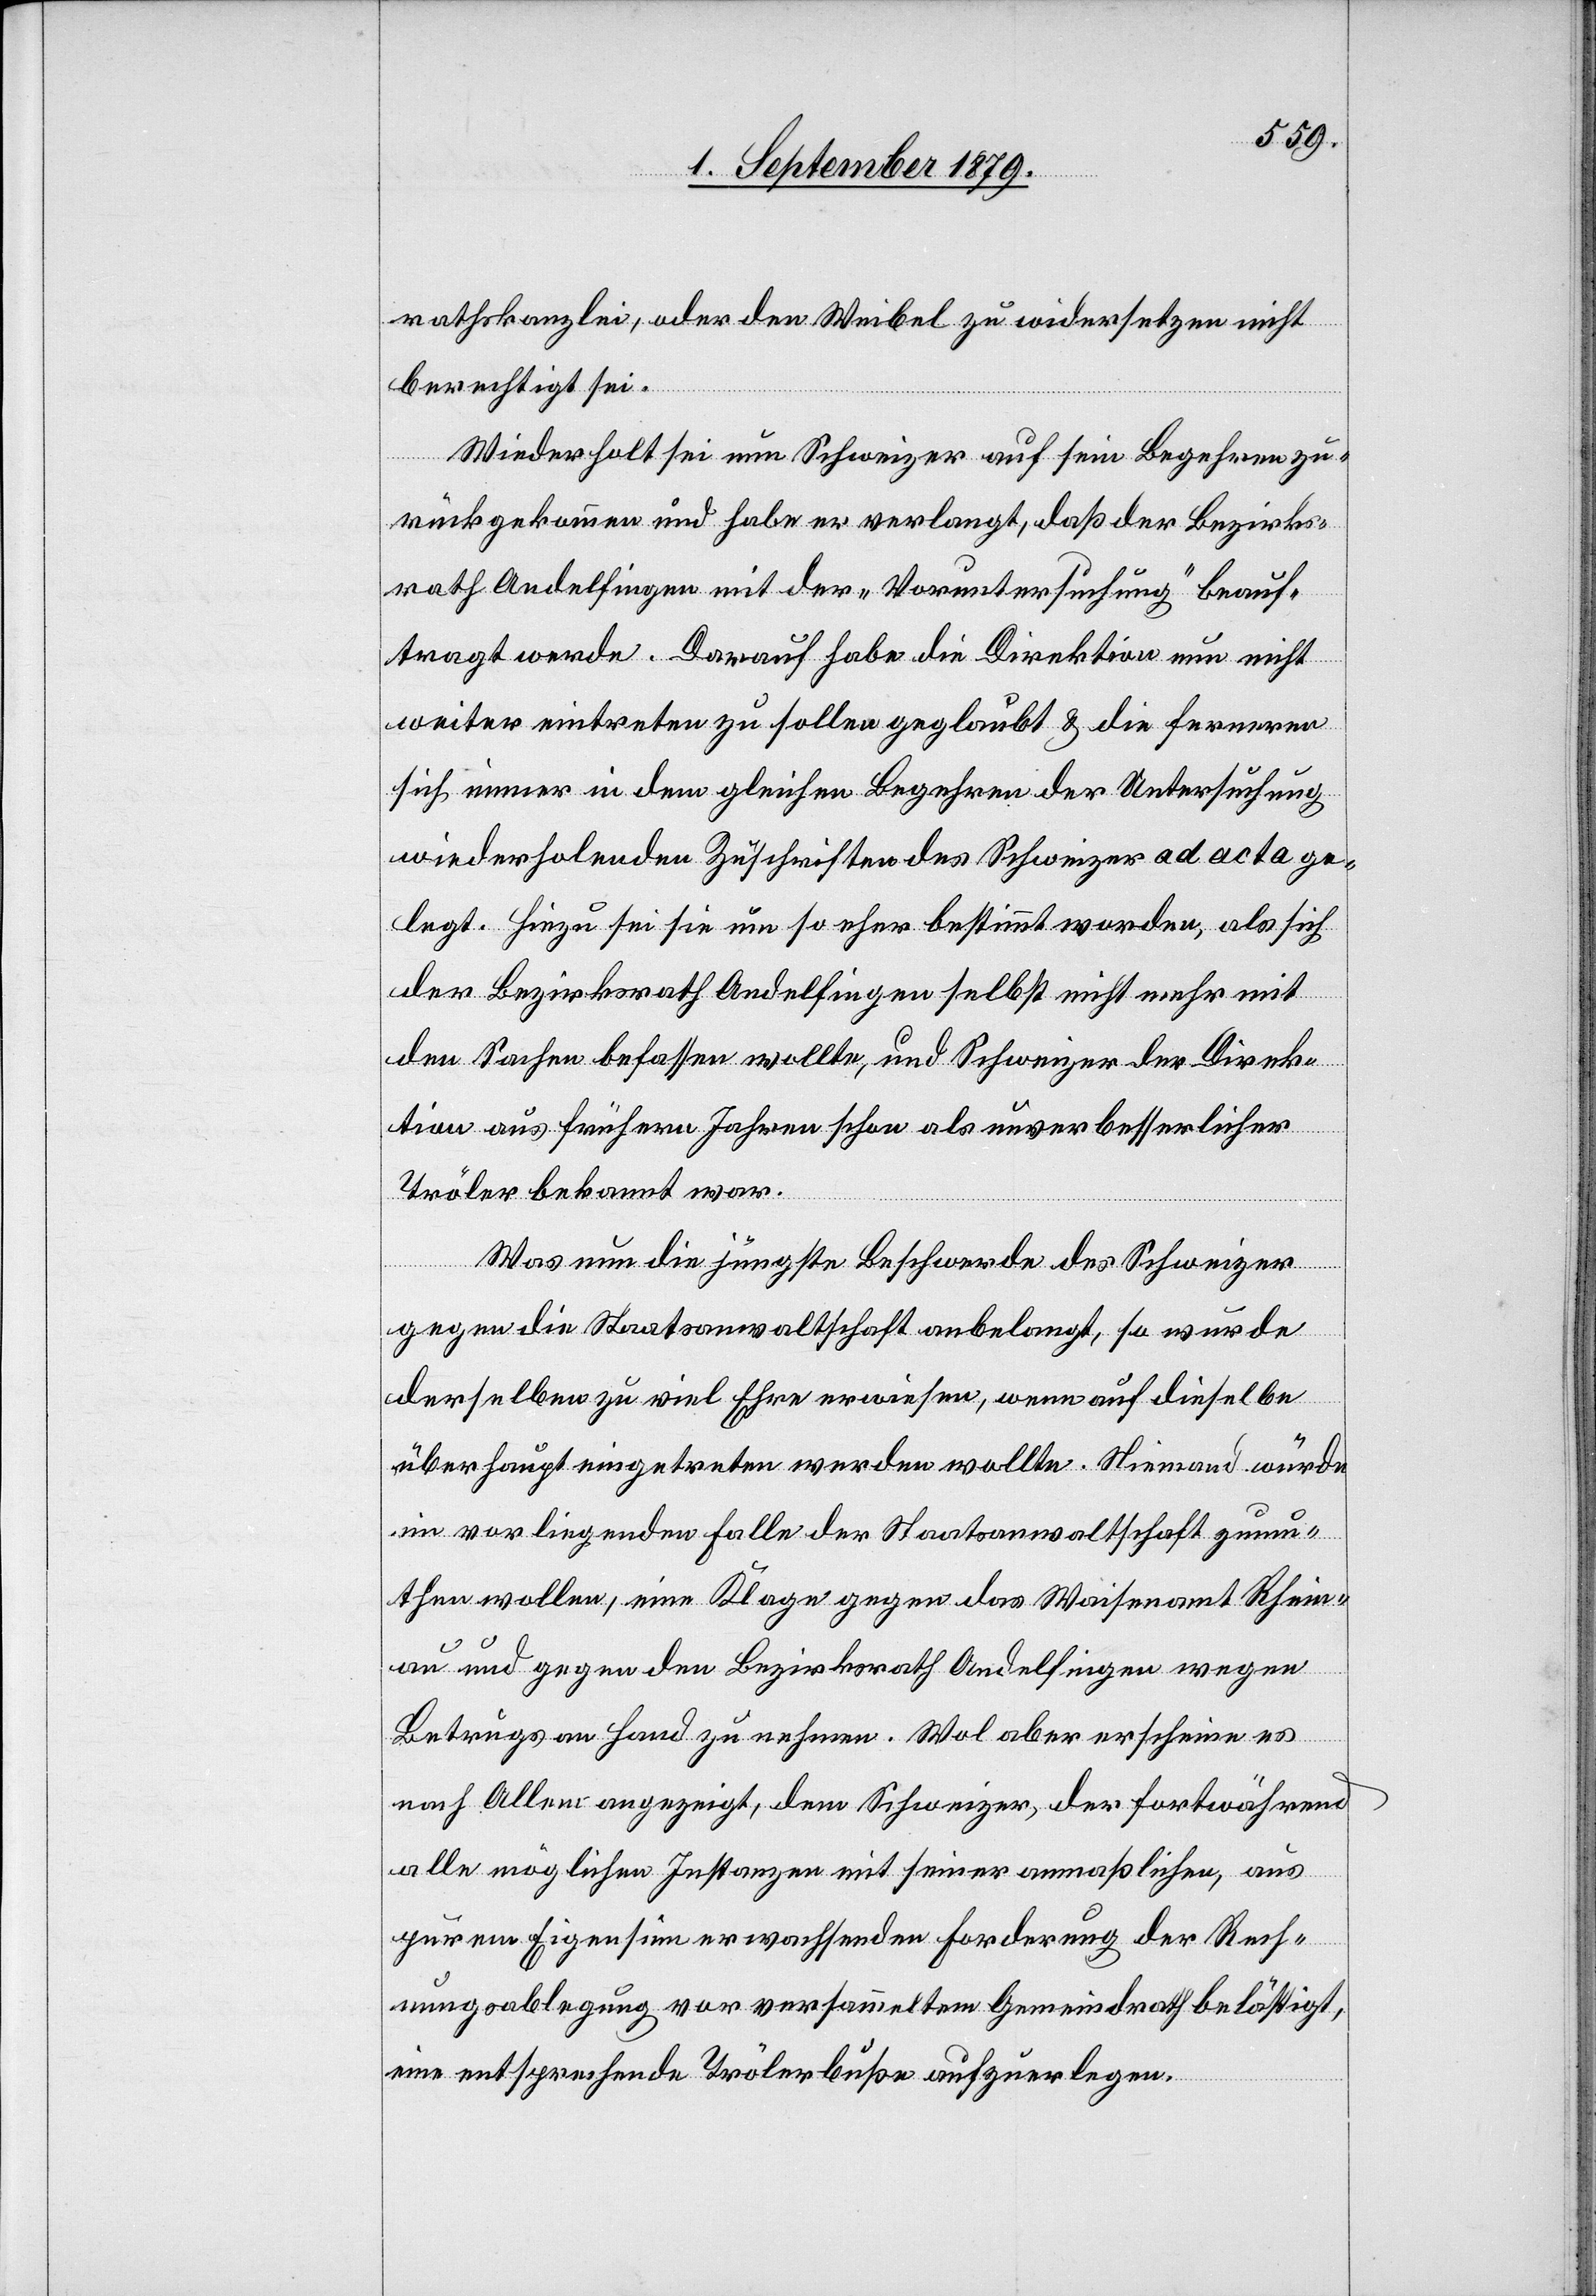
rathskanzlei, oder den Weibel zu widersetzen nicht
berechtigt sei.
Wiederholt sei nun Schweizer auf sein Begehren zu¬
rückgekommen und habe er verlangt, daß der Bezirks¬
rath Andelfingen mit der „Voruntersuchung“ beauf¬
tragt werde. Darauf habe die Direktion nun nicht
weiter eintreten zu sollen geglaubt & die ferneren
sich einer in dem gleichen Begehren der Untersuchung
wiederholenden Zuschriften des Schweizer ad acta ge¬
legt. Hiezu sei sie um so eher bestimmt worden, als sich
der Bezirksrath Andelfingen selbst nicht mehr mit
den Sachen befassen wollte, und Schweizer der Direk¬
tion aus frühern Jahren schon als unverbesserlicher
Tröler bekannt war.
Was nun die jüngste Beschwerde des Schweizer
gegen die Staatsanwaltschaft anbelangt, so wurde
derselben zu viel Ehre erwiesen, wenn auf dieselbe
überhaupt eingetreten werden wollte. Niemand würde
im vorliegenden Falle der Staatsanwaltschaft zumu¬
then wollen, eine Klage gegen das Waisenamt Rhein¬
au und gegen den Bezirksrath Andelfingen wegen
Betruges an Hand zu nehmen. Wol aber erscheine es
nach Allem angezeigt, dem Schweizer, der fortwährend
alle möglichen Instanzen mit seiner anmaßlichen, aus
purem Eigensinn erwachsenden Forderung der Rech¬
nungsablegung vor versammeltem Gemeindrath belästigt,
eine entsprechende Trölerbuße aufzuerlegen.